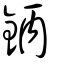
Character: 鈵